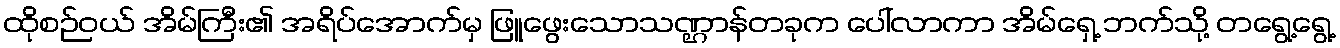
ထိုစဉ်ဝယ် အိမ်ကြီး၏ အရိပ်အောက်မှ ဖြူဖွေးသောသဏ္ဌာန်တခုက ပေါ်လာကာ အိမ်ရှေ့ ဘက်သို့ တရွေ့ရွေ့